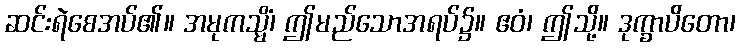
ဆင်းရဲစေအပ်၏။ အမုကသ္မိံ၊ ဤမည်သောအရပ်၌။ ဧဝံ၊ ဤသို့။ ဒုက္ခာပိတော၊